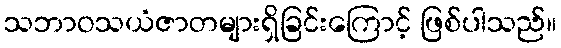
သဘာဝသယံဇာတများရှိခြင်းကြောင့် ဖြစ်ပါသည်။